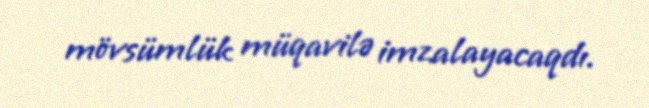
mövsümlük müqavilə imzalayacaqdı.